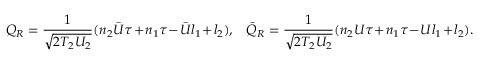
Q _ { R } = \frac { 1 } { \sqrt { 2 T _ { 2 } U _ { 2 } } } ( n _ { 2 } { \bar { U } } \tau + n _ { 1 } \tau - { \bar { U } } l _ { 1 } + l _ { 2 } ) , \; \; \; { \bar { Q } } _ { R } = \frac { 1 } { \sqrt { 2 T _ { 2 } U _ { 2 } } } ( n _ { 2 } U \tau + n _ { 1 } \tau - U l _ { 1 } + l _ { 2 } ) .